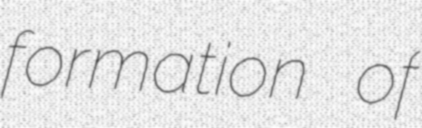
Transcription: formation of